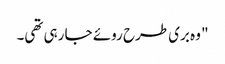
" وہ بری طرح روئے جا رہی تھی۔